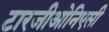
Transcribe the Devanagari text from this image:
टारजीओनिएसी